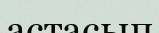
астасып